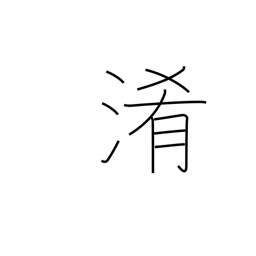
Meaning: turbidity